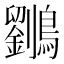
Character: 𱉄